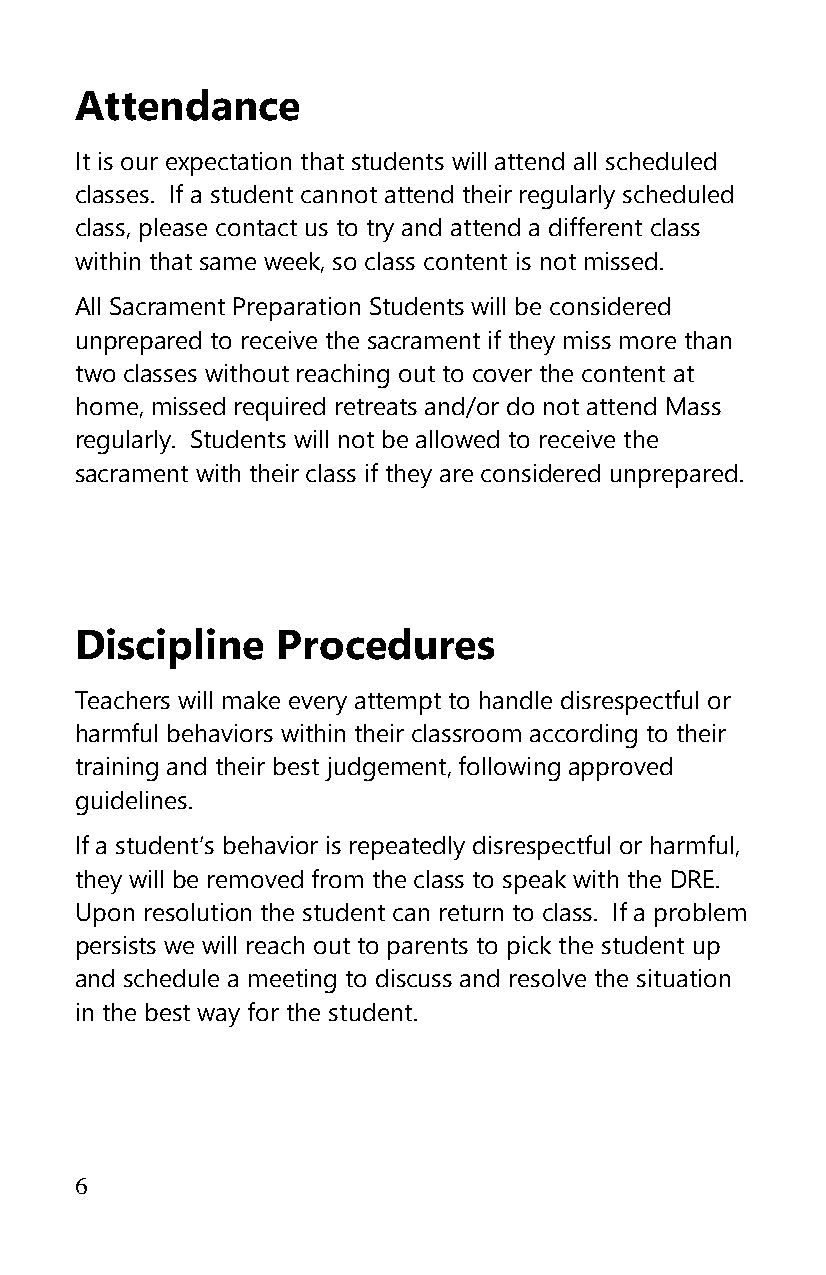
Attendance
 It is our expectation that students will attend all scheduled
 classes. If a student cannot attend their regularly scheduled
 class, please contact us to try and attend a different class
 within that same week, so class content is not missed.
 All Sacrament Preparation Students will be considered
 unprepared to receive the sacrament if they miss more than
 two classes without reaching out to cover the content at
 home, missed required retreats and/or do not attend Mass
 regularly. Students will not be allowed to receive the
 sacrament with their class if they are considered unprepared.
 Discipline   Procedures
 Teachers will make every attempt to handle disrespectful or
 harmful behaviors within their classroom according to their
 training and their best judgement, following approved
 guidelines.
 If a student’s behavior is repeatedly disrespectful or harmful,
 they will be removed from the class to speak with the DRE.
 Upon resolution the student can return to class. If a problem
 persists we will reach out to parents to pick the student up
 and schedule a meeting to discuss and resolve the situation
 in the best way for the student.
 6